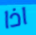
اذا